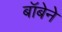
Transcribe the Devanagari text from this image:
बॉबेने